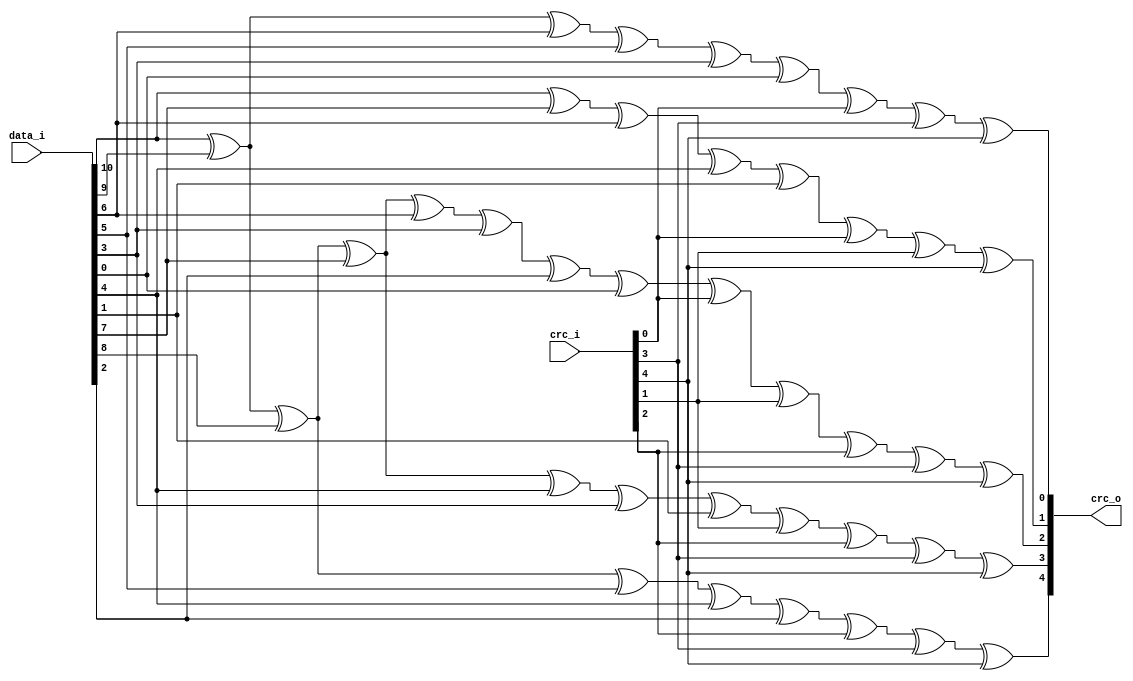
module usbh_crc5
(
    input [4:0]     crc_i,
    input [10:0]    data_i,
    output [4:0]    crc_o
);

//-----------------------------------------------------------------
// Implementation
//-----------------------------------------------------------------
assign crc_o[0] =    data_i[10] ^ data_i[9] ^ data_i[6] ^ data_i[5] ^ data_i[3] ^ data_i[0] ^
                       crc_i[0] ^ crc_i[3] ^ crc_i[4];

assign crc_o[1] =    data_i[10] ^ data_i[7] ^ data_i[6] ^ data_i[4] ^ data_i[1] ^
                       crc_i[0] ^ crc_i[1] ^ crc_i[4];

assign crc_o[2] =    data_i[10] ^ data_i[9] ^ data_i[8] ^ data_i[7] ^ data_i[6] ^ data_i[3] ^ data_i[2] ^ data_i[0] ^
                       crc_i[0] ^ crc_i[1] ^ crc_i[2] ^ crc_i[3] ^ crc_i[4];

assign crc_o[3] =    data_i[10] ^ data_i[9] ^ data_i[8] ^ data_i[7] ^ data_i[4] ^ data_i[3] ^ data_i[1] ^ 
                       crc_i[1] ^ crc_i[2] ^ crc_i[3] ^ crc_i[4];

assign crc_o[4] =    data_i[10] ^ data_i[9] ^ data_i[8] ^ data_i[5] ^ data_i[4] ^ data_i[2] ^
                       crc_i[2] ^ crc_i[3] ^ crc_i[4];

endmodule